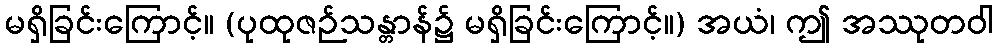
မရှိခြင်းကြောင့်။ (ပုထုဇဉ်သန္တာန်၌ မရှိခြင်းကြောင့်။) အယံ၊ ဤ အဿုတဝါ